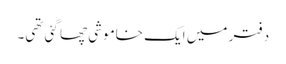
دفتر میں ایک خاموشی چھا گئی تھی۔